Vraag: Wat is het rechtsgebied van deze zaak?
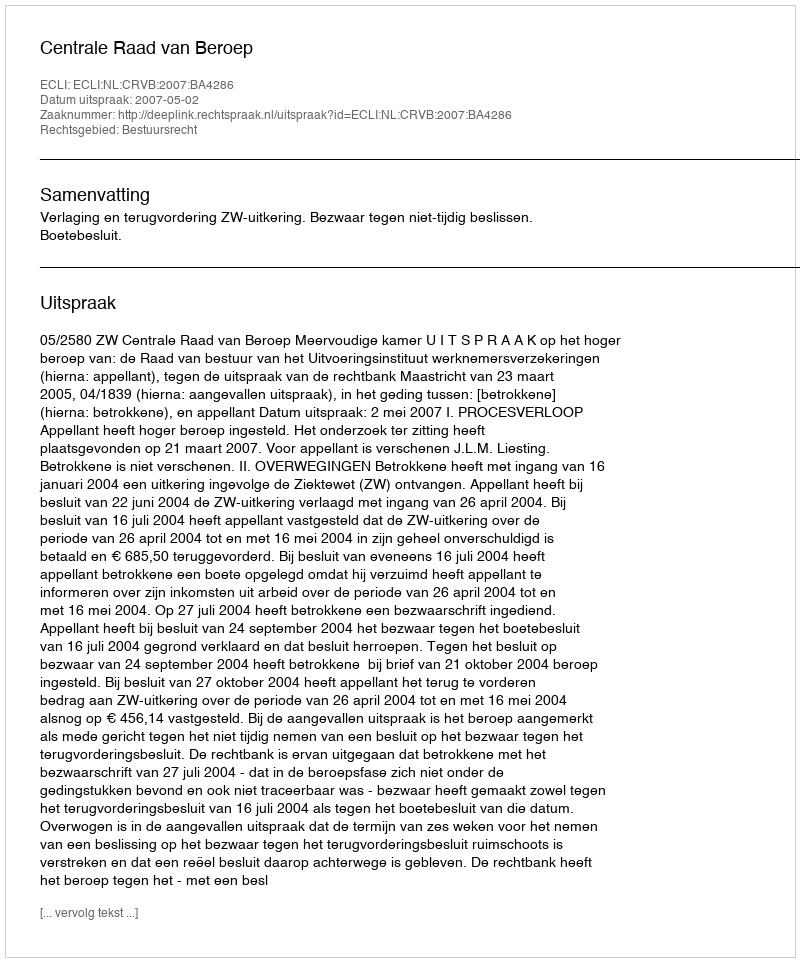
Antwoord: Bestuursrecht